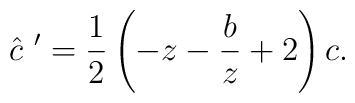
\hat{c}~'= \frac{1}{2}\left(-z-\frac{b}{z} +2 \right)c.